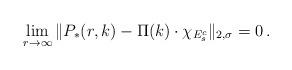
LaTeX: \begin{align*} \lim_{r\to\infty}\|P_*(r,k)-\Pi(k)\cdot \chi_{E_s^c}\|_{2,\sigma}=0\,. \end{align*}